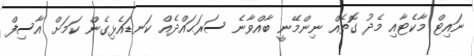
ނައިޓް މާކެޓާއި މެދު ގޮތެއް ނިންމޭނީ ބާއްވާނެ ސަރަޙައްދެއް ކަނޑައެޅިގެން ކަމަށް އާސިފް